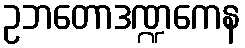
ဥဘတောဒဏ္ဍကေန